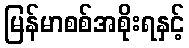
မြန်မာစစ်အစိုးရနှင့်